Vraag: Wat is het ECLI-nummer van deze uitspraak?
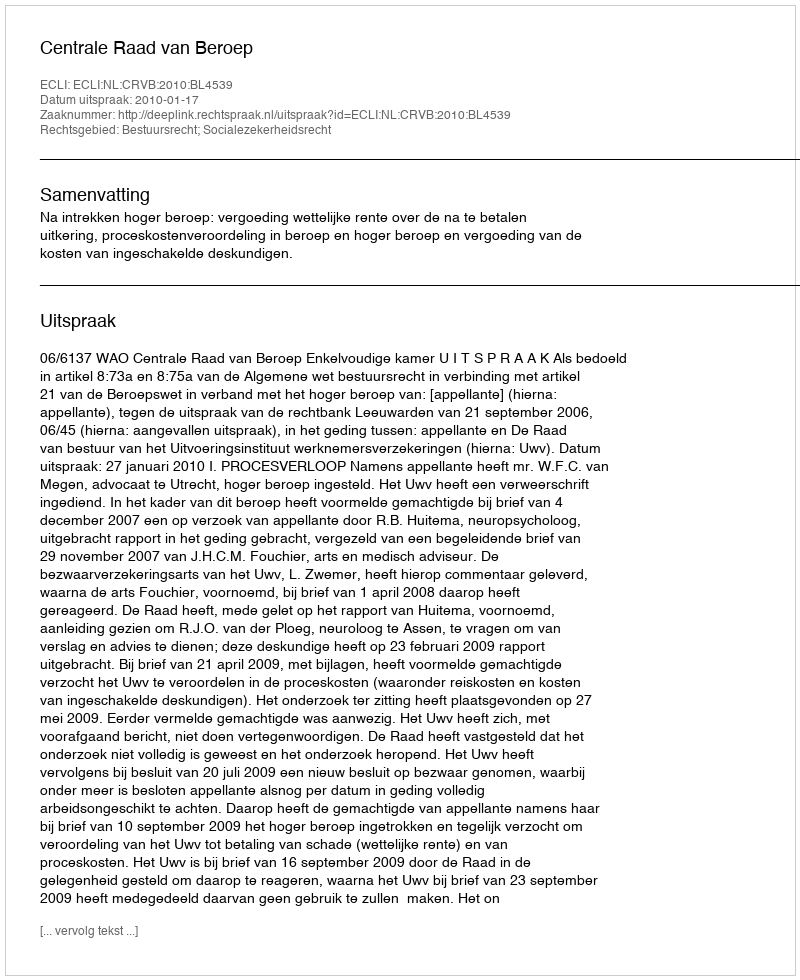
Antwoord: ECLI:NL:CRVB:2010:BL4539